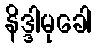
နိဒ္ဒါမုခေါ